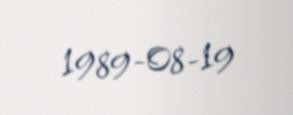
1989-08-19